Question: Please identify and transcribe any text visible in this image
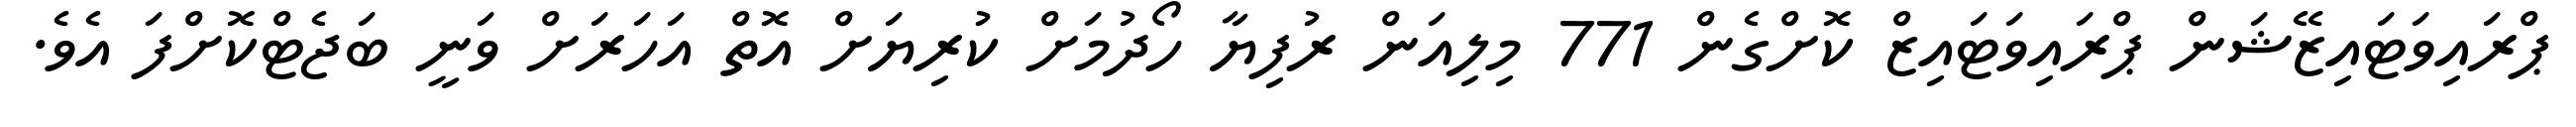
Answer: ޕްރައިވަޓައިޒޭޝަން ޕްރައިވަޓައިޒް ކޮށްގެން 771 މިލިއަން ރުފިޔާ ހޯދުމަށް ކުރިޔަށް އޮތް އަހަރަށް ވަނީ ބަޖެޓްކޮށްފަ އެވެ.